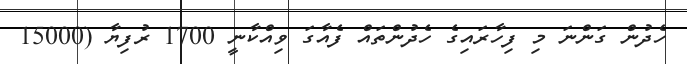
ހެދުން ގަންނަ މި ފިހާރައިގެ ހެދުންތައް ފެއާގަ ވިއްކާނީ 1700 ރުފިޔާ (15000